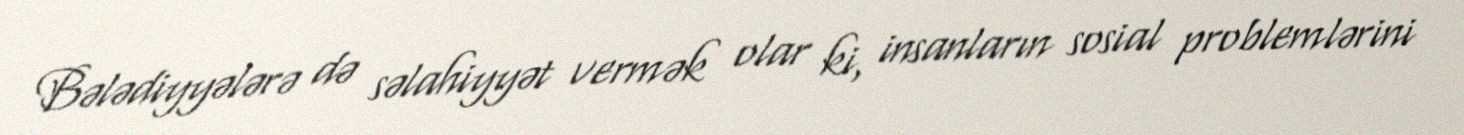
Bələdiyyələrə də səlahiyyət vermək olar ki, insanların sosial problemlərini